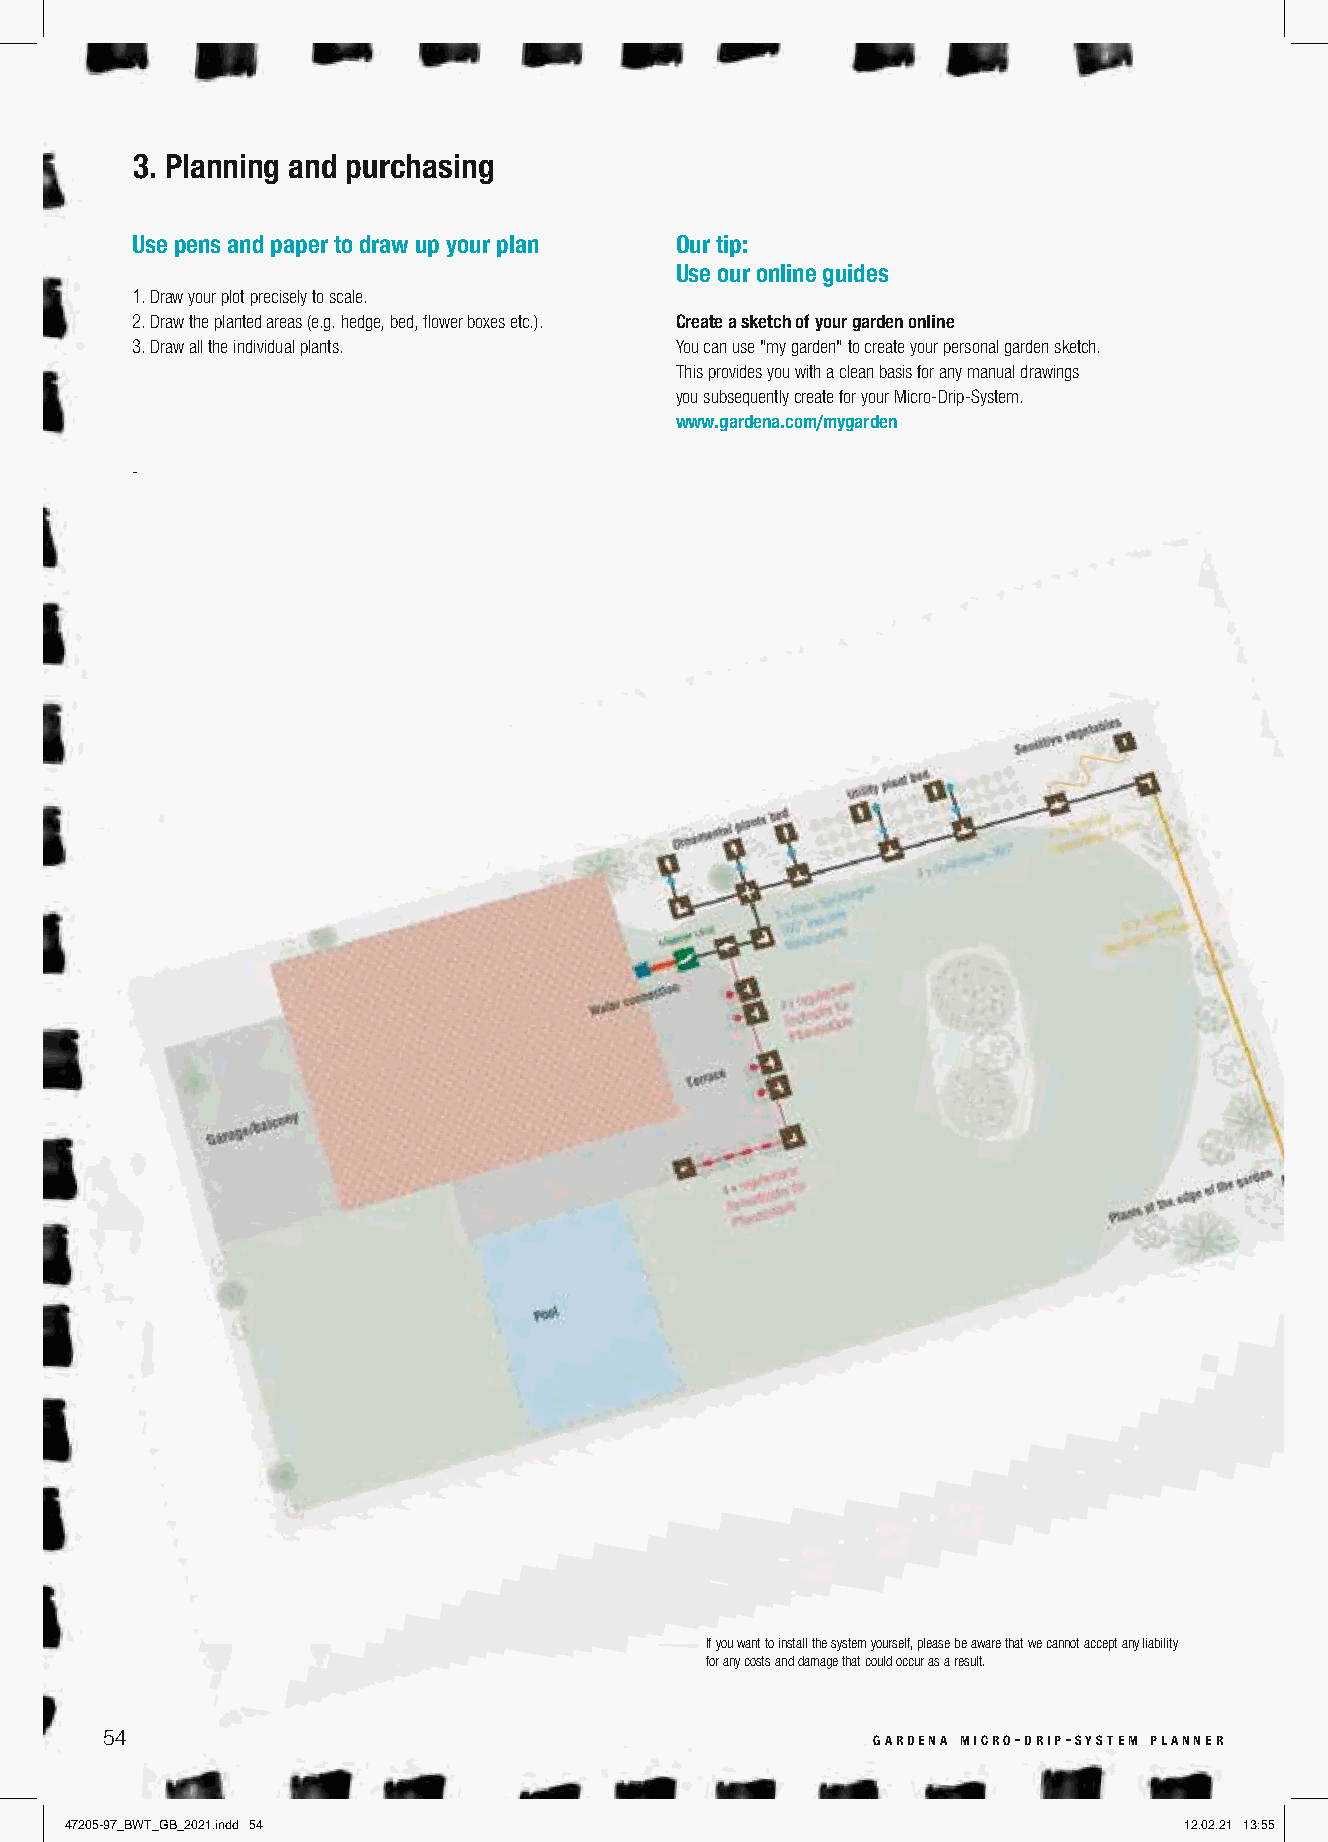
3. Planning and purchasing
 Use pens and paper to draw up your plan Our tip:
 Use our online guides
 1. D raw your plot precisely to scale.
 2. Draw the planted areas (e.g. hedge, bed, flower boxes etc.). Create a sketch of your garden online
 3. Draw all the individual plants.  You can use "my garden" to create your personal garden sketch.
 This provides you with a clean basis for any manual drawings
 you subsequently create for your Micro-Drip-System.
 www.gardena.com/mygarden
 -
 If you want to install the system yourself, please be aware that we cannot accept any liability
 for any costs and damage that could occur as a result.
 54                                                 gardena micro-drip-system planner
 47205-97_BWT_GB_2021.indd 54                                              12.02.21 13:55